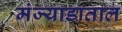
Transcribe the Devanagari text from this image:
मंज्याडाताल